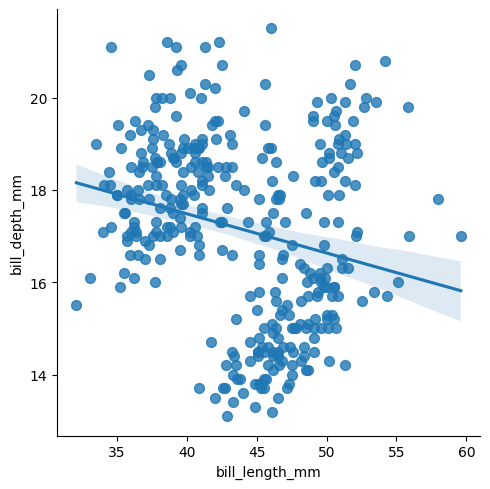
python, seaborn, lmplot, aspect=1.0, order=1, markers='o'